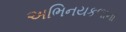
અભિનયકળાના